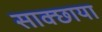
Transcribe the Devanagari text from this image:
साक्छाया